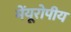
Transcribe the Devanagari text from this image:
मेंयूरोपीय